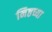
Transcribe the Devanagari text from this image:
निष्ठच्या